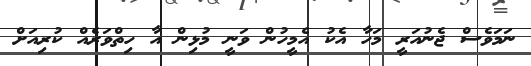
ނަމަވެސް ޖެނުއަރީ މަހާ އެކު އެމީހުން ވަނީ މުޅިން އާ ހިތްވަރެއް ކުރިއަށް